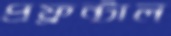
প্রফ্রন্টাল